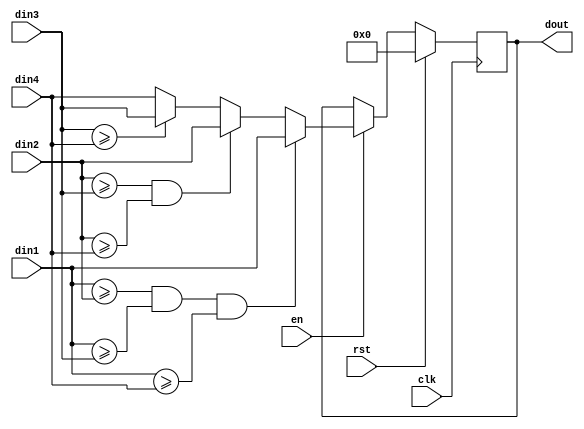
module pool(din1,din2,din3,din4,dout,rst,en,clk);

input [7:0] din1,din2,din3,din4 ;

output reg [7:0] dout;

input rst,en,clk;



always@(posedge clk)
begin
	
if(rst) dout<=0;
	
else if(en)begin
	
if((din1>=din2)&(din1>=din3)&(din1>=din4))   dout<=din1;			
else if((din2>=din3)&(din2>=din4))  dout<=din2;				
else if(din3>=din4)  dout<=din3;
else dout<=din4;
end
end
  			
endmodule